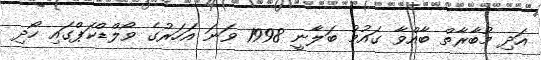
އަދި މުބާރާތް ބާއްވާ ގައުމު ބަލާނީ 1998 ވަނަ އަހަރުގެ ވޯލްޑްކަޕްގައި ހޯދި